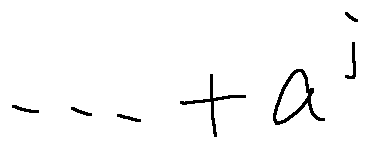
\cdots + a ^ { j }